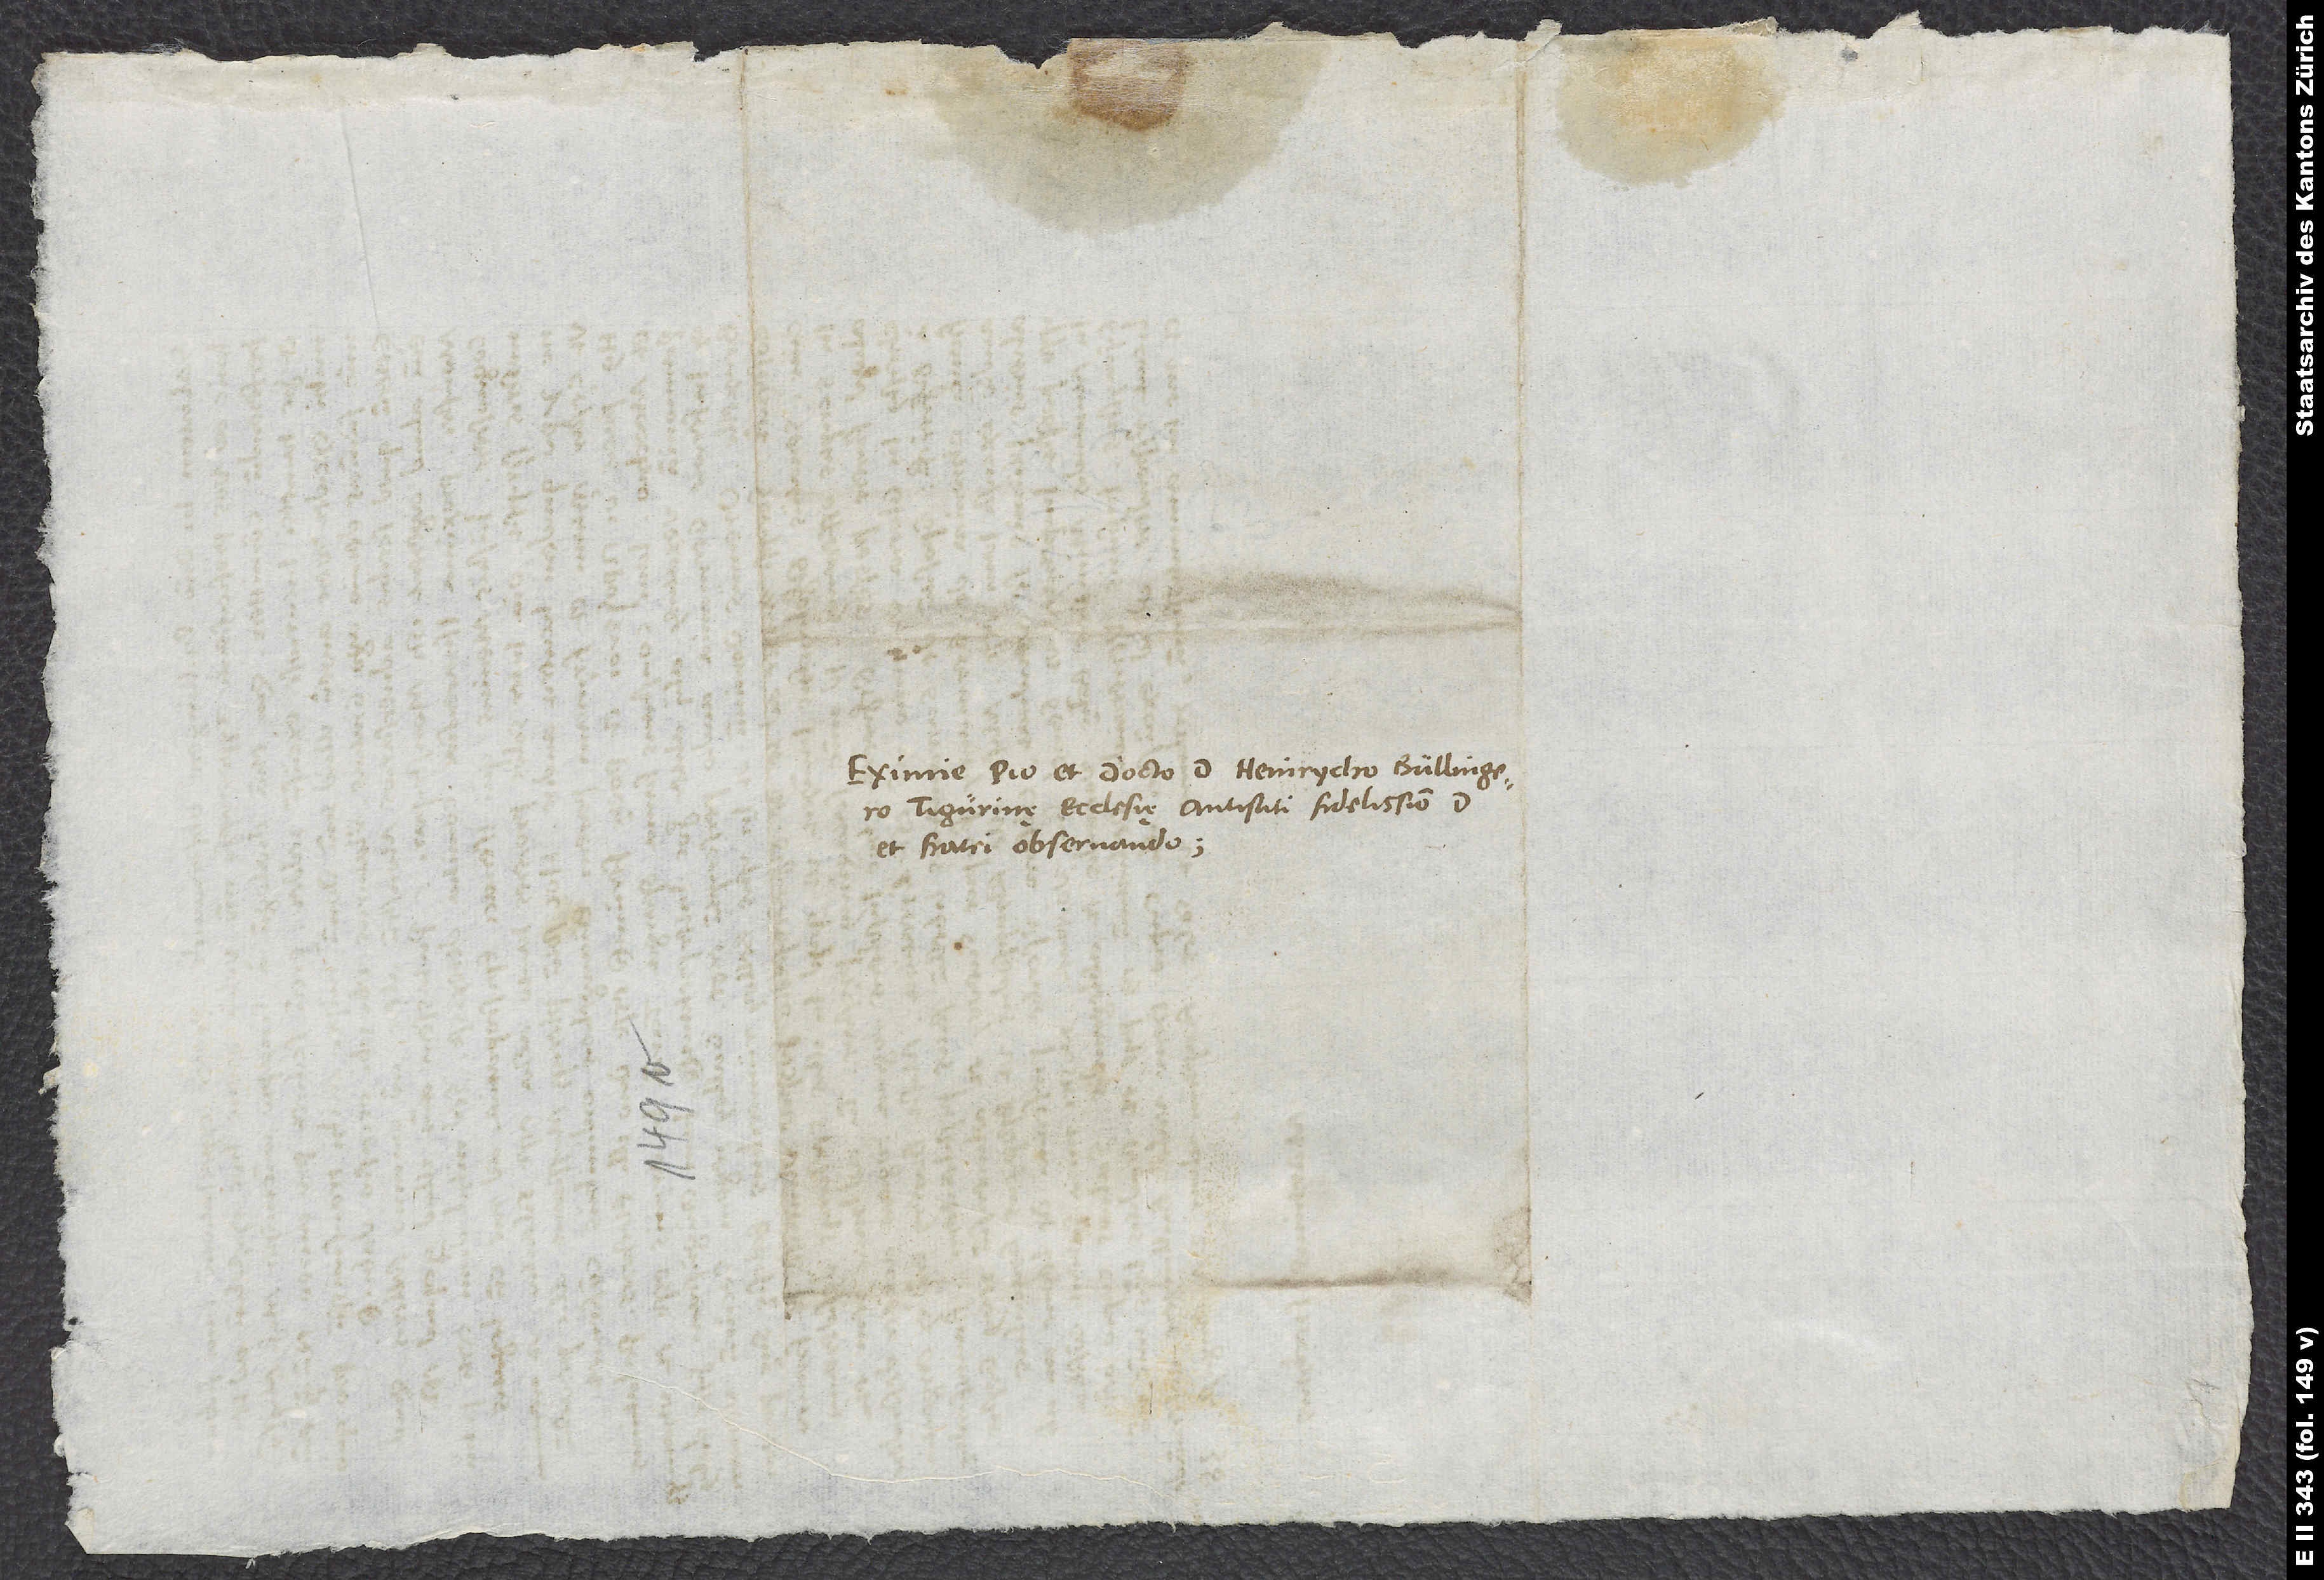
Eximie pio et docto d. Heinrycho Bullingero,
Tigurinę ecclesię antistiti fidelissimo, domino
et fratri observando.